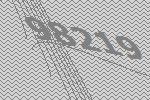
98219